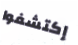
إكتشفوا